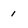
Character: 1